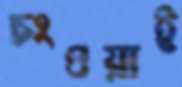
চংওয়াই